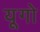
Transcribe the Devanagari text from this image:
यूगो